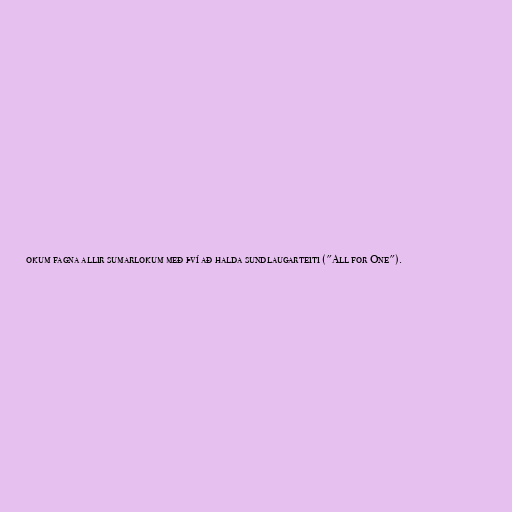
okum fagna allir sumarlokum með því að halda sundlaugarteiti ("All for One").